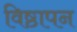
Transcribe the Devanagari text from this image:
विष्ठापन